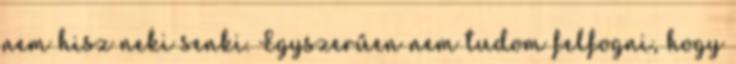
nem hisz neki senki. Egyszerűen nem tudom felfogni, hogy